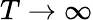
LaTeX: T\to\infty